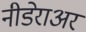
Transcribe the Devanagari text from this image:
नीडेराअर